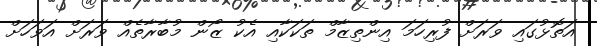
އަތޮޅުގައި ވަރަށް ފުރިހަމަ އިންތިޒާމް ތަކަކާއި އެކު ޒޯން މުބާރާތެއް ވަރަށް އަވަހަށް